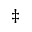
\ddagger